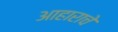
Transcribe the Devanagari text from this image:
आहाराचे